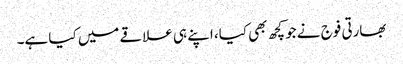
بھارتی فوج نے جو کچھ بھی کیا، اپنے ہی علاقے میں کیا ہے۔